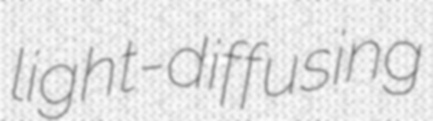
light-diffusing